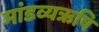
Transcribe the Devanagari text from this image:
मांडव्यऋषि